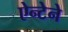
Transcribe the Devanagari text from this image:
ऐन्टेने